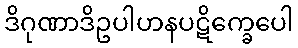
ဒိဂုဏာဒိဥပါဟနပဋိက္ခေပေါ